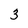
Character: 3